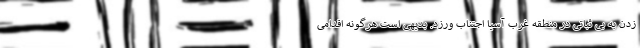
زدن به بی ثباتی در منطقه غرب آسیا اجتناب ورزد. بدیهی است هرگونه اقدامی